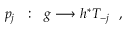
p _ { j } \ \ : \ \ g \longrightarrow h ^ { * } T _ { - j } \ \ ,